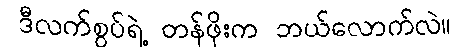
ဒီလက်စွပ်ရဲ့ တန်ဖိုးက ဘယ်လောက်လဲ။